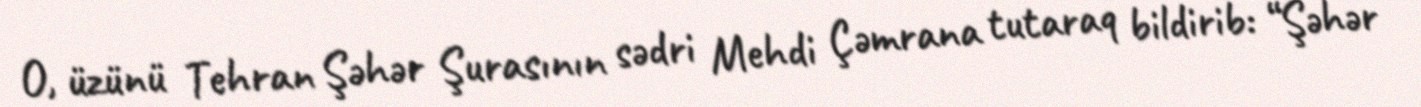
O, üzünü Tehran Şəhər Şurasının sədri Mehdi Çəmrana tutaraq bildirib: “Şəhər